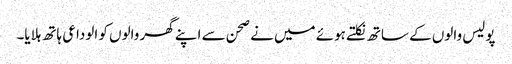
پولیس والوں کے ساتھ نکلتے ہوئے میں نے صحن سے اپنے گھر والوں کو الوداعی ہاتھ ہلایا۔